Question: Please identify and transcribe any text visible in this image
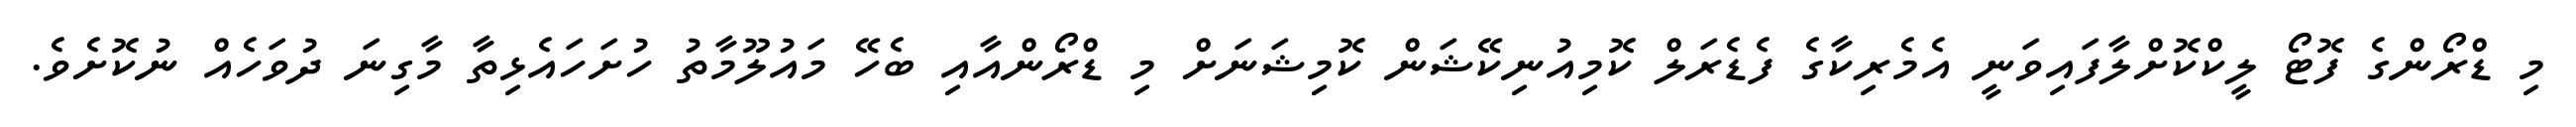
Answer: މި ޑްރޯންގެ ފޮޓޯ ލީކްކޮށްލާފައިވަނީ އެމެރިކާގެ ފެޑެރަލް ކޮމިއުނިކޭޝަން ކޮމިޝަނަށް މި ޑްރޯންއާއި ބެހޭ މައުލޫމާތު ހުށަހައެޅިތާ މާގިނަ ދުވަހެއް ނުކޮށެވެ.